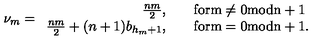
\nu _ { m } = \begin{array} { r l } { \frac { n m } { 2 } , } & { \quad \mathrm { f o r m \ne 0 m o d n + 1 } } \\ { \frac { n m } { 2 } + ( n + 1 ) b _ { h _ { m } + 1 } , } & { \quad \mathrm { f o r m = 0 m o d n + 1 } . } \\ \end{array}